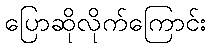
ပြောဆိုလိုက်ကြောင်း